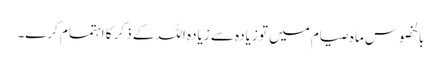
بالخصوس ماہ صیام میں تو زیادہ سے زیادہ اللہ کے ذکر کا اہتمام کرے۔